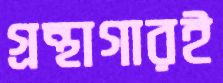
গ্রন্থাগারই